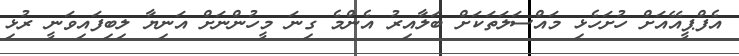
އެފްޕީއޭއަށް ހުށަހެޅި މައްސަލަތަކަށް ބަލާއިރު އެންމެ ގިނަ މީހުންނަށް އަނިޔާ ލިބިފައިވަނީ ރުޅި